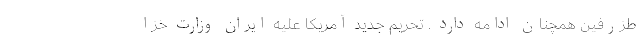
طزرفین همچنان ادامه دارد . تحریم جدید آمریکا علیه ایران وزارت خزا